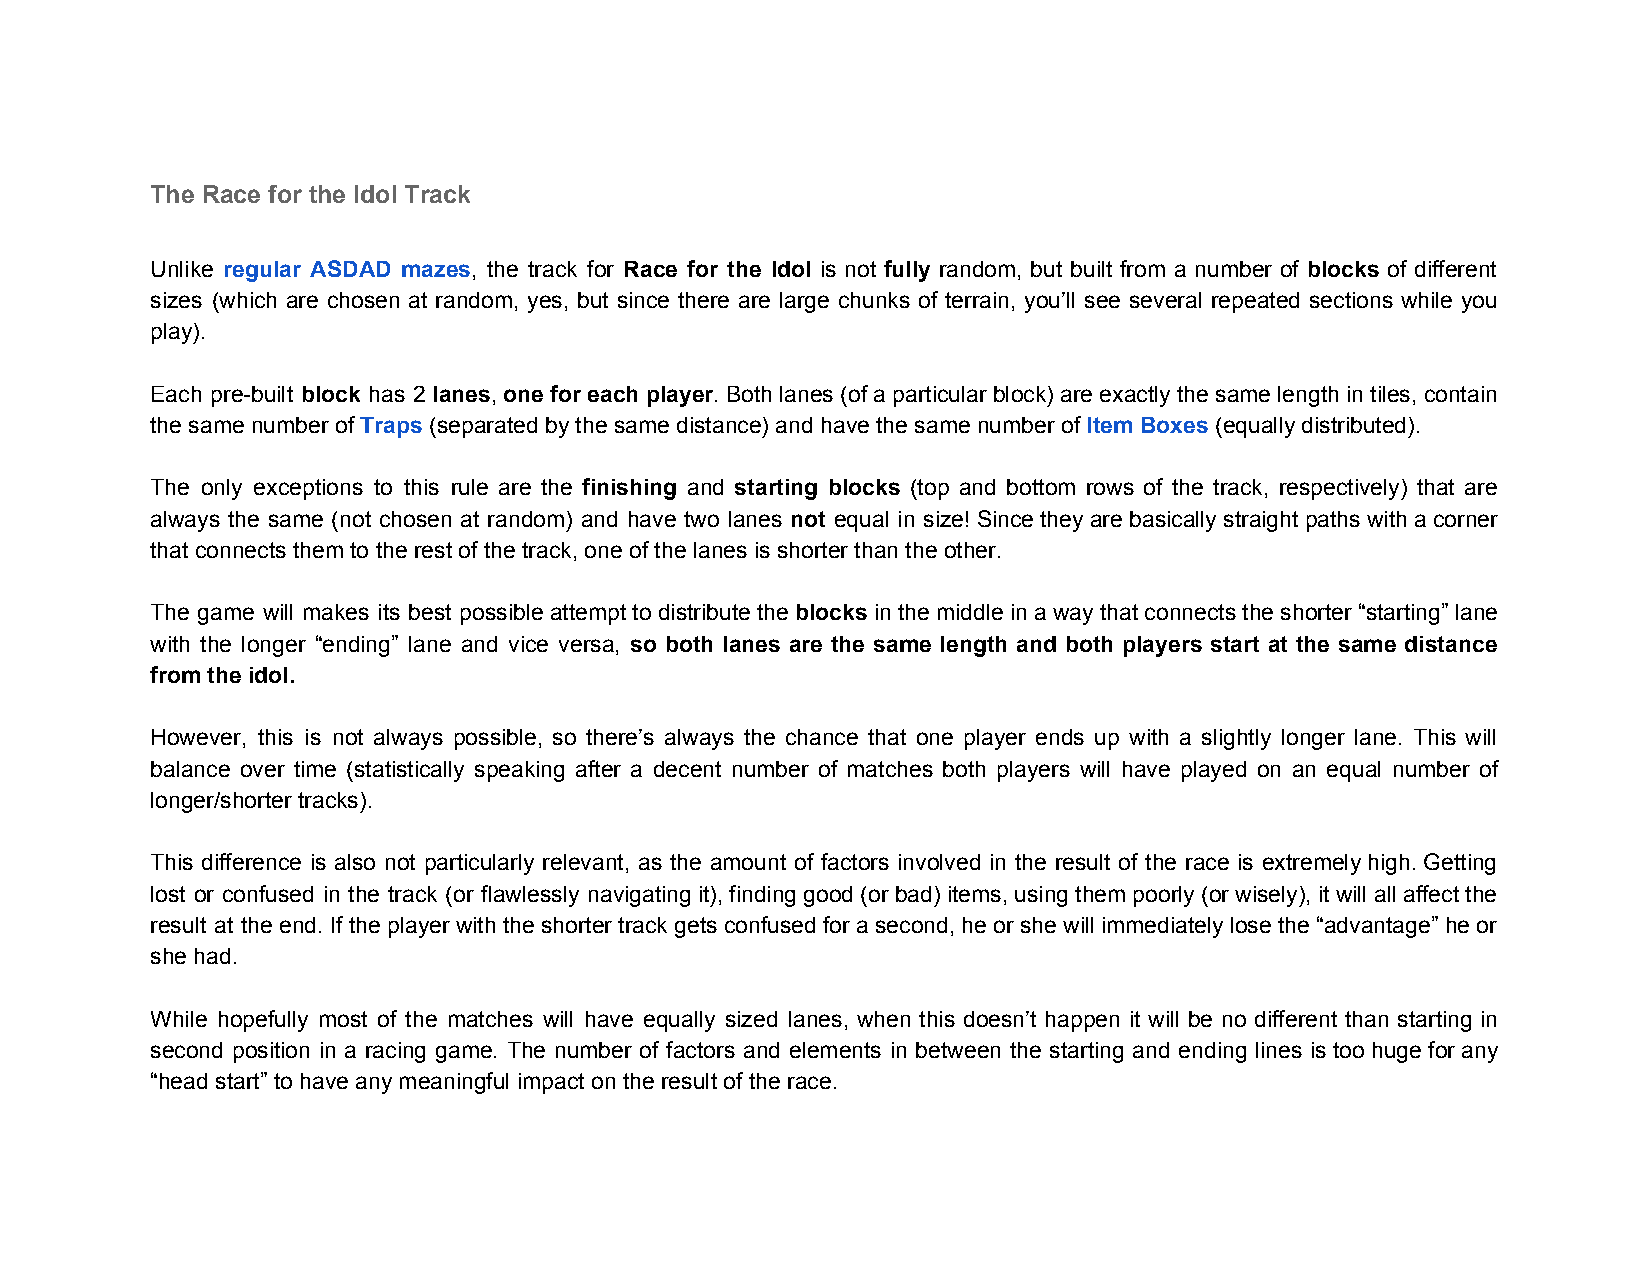
The Race for the Idol Track
 Unlike regular ASDAD mazes, the track for Race for the Idol is not fully random, but built from a number of blocks of different
 ​               ​         ​                ​                           ​     ​
 sizes (which are chosen at random, yes, but since there are large chunks of terrain, you’ll see several repeated sections while you
 play).
 Each pre­built block has 2 lanes, one for each player. Both lanes (of a particular block) are exactly the same length in tiles, contain
 ​        ​  ​​             ​
 the same number of Traps (separated by the same distance) and have the same number of Item Boxes (equally distributed).
 ​   ​                                           ​       ​
 The only exceptions to this rule are the finishing and starting blocks (top and bottom rows of the track, respectively) that are
 ​         ​          ​
 always the same (not chosen at random) and have two lanes not equal in size! Since they are basically straight paths with a corner
 ​
 that connects them to the rest of the track, one of the lanes is shorter than the other.
 The game will makes its best possible attempt to distribute the blocks in the middle in a way that connects the shorter “starting” lane
 ​
 with the longer “ending” lane and vice versa, so both lanes are the same length and both players start at the same distance
 ​
 from the idol.
 However, this is not always possible, so there’s always the chance that one player ends up with a slightly longer lane. This will
 balance over time (statistically speaking after a decent number of matches both players will have played on an equal number of
 longer/shorter tracks).
 This difference is also not particularly relevant, as the amount of factors involved in the result of the race is extremely high. Getting
 lost or confused in the track (or flawlessly navigating it), finding good (or bad) items, using them poorly (or wisely), it will all affect the
 result at the end. If the player with the shorter track gets confused for a second, he or she will immediately lose the “advantage” he or
 she had.
 While hopefully most of the matches will have equally sized lanes, when this doesn’t happen it will be no different than starting in
 second position in a racing game. The number of factors and elements in between the starting and ending lines is too huge for any
 “head start” to have any meaningful impact on the result of the race.